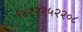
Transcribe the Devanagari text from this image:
९४२२२५२२०८